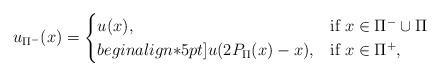
LaTeX: \begin{align*}u_{\Pi^-}(x) = \begin{cases}u(x), & \mbox{if $x\in\Pi^-\cup\Pi$}\\begin{align*}5pt]u(2P_{\Pi}(x)-x), & \mbox{if $x\in\Pi^+$},\end{cases}\end{align*}